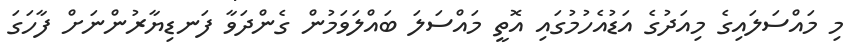
މި މައްސަލައިގެ މިއަދުގެ އަޑުއެހުމުގައި އޮތީ މައްސަލަ ބައްލަވަމުން ގެންދަވާ ފަނޑިޔާރުންނަށް ފާހަގަ